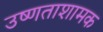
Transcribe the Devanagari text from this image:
उष्णताशामक